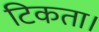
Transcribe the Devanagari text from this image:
टिकता।